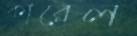
কারেল